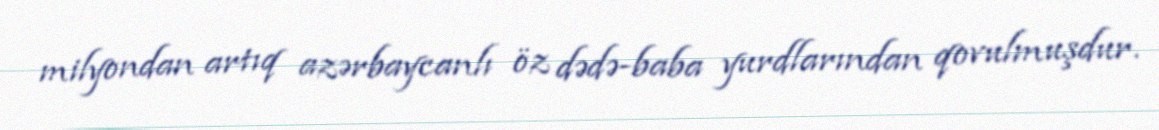
milyondan artıq azərbaycanlı öz dədə-baba yurdlarından qovulmuşdur.